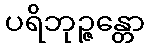
ပရိဘုဉ္ဇန္တော